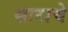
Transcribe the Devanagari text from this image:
साराचे